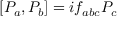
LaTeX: [ { \cal P } _ { a } , { \cal P } _ { b } ] = i f _ { a b c } { \cal P } _ { c }